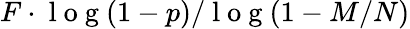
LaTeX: F\cdot\mathrm{~l~o~g~}(1-p)/\mathrm{~l~o~g~}(1-M/N)